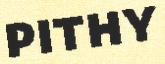
PITHY